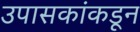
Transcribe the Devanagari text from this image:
उपासकांकडून